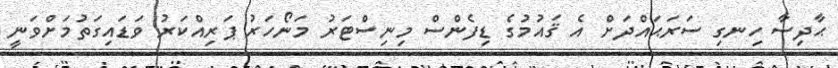
ޙާދިސާ ހިނގި ސަރަޙައްދަށް އެ ޤައުމުގެ ޑިފެންސް މިނިސްޓަރު މަނޯހަރު ޕަރިއްކަރު ވަޑައިގަތުމަށްވަނީ